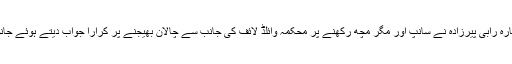
16 ستمبر2019ء) پاکستانی گلوکارہ رابی پیرزادہ نے سانپ اور مگر مچھ رکھنے پر محکمہ وائلڈ لائف کی جانب سے چالان بھیجنے پر کرارا جواب دیتے ہوئے جانوروں کی ملکیت سے انکار کردیا۔